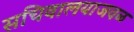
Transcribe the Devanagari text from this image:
सचिवालयाजवळ